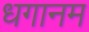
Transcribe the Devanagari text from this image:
धगानम